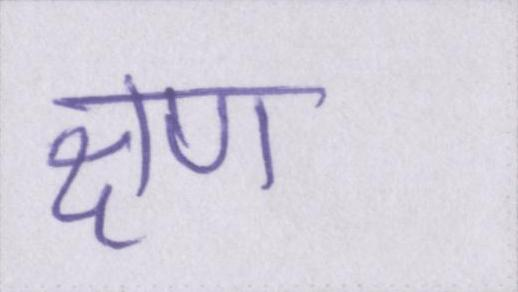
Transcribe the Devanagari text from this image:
क्षण